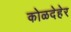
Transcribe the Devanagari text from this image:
कोळदेहेर